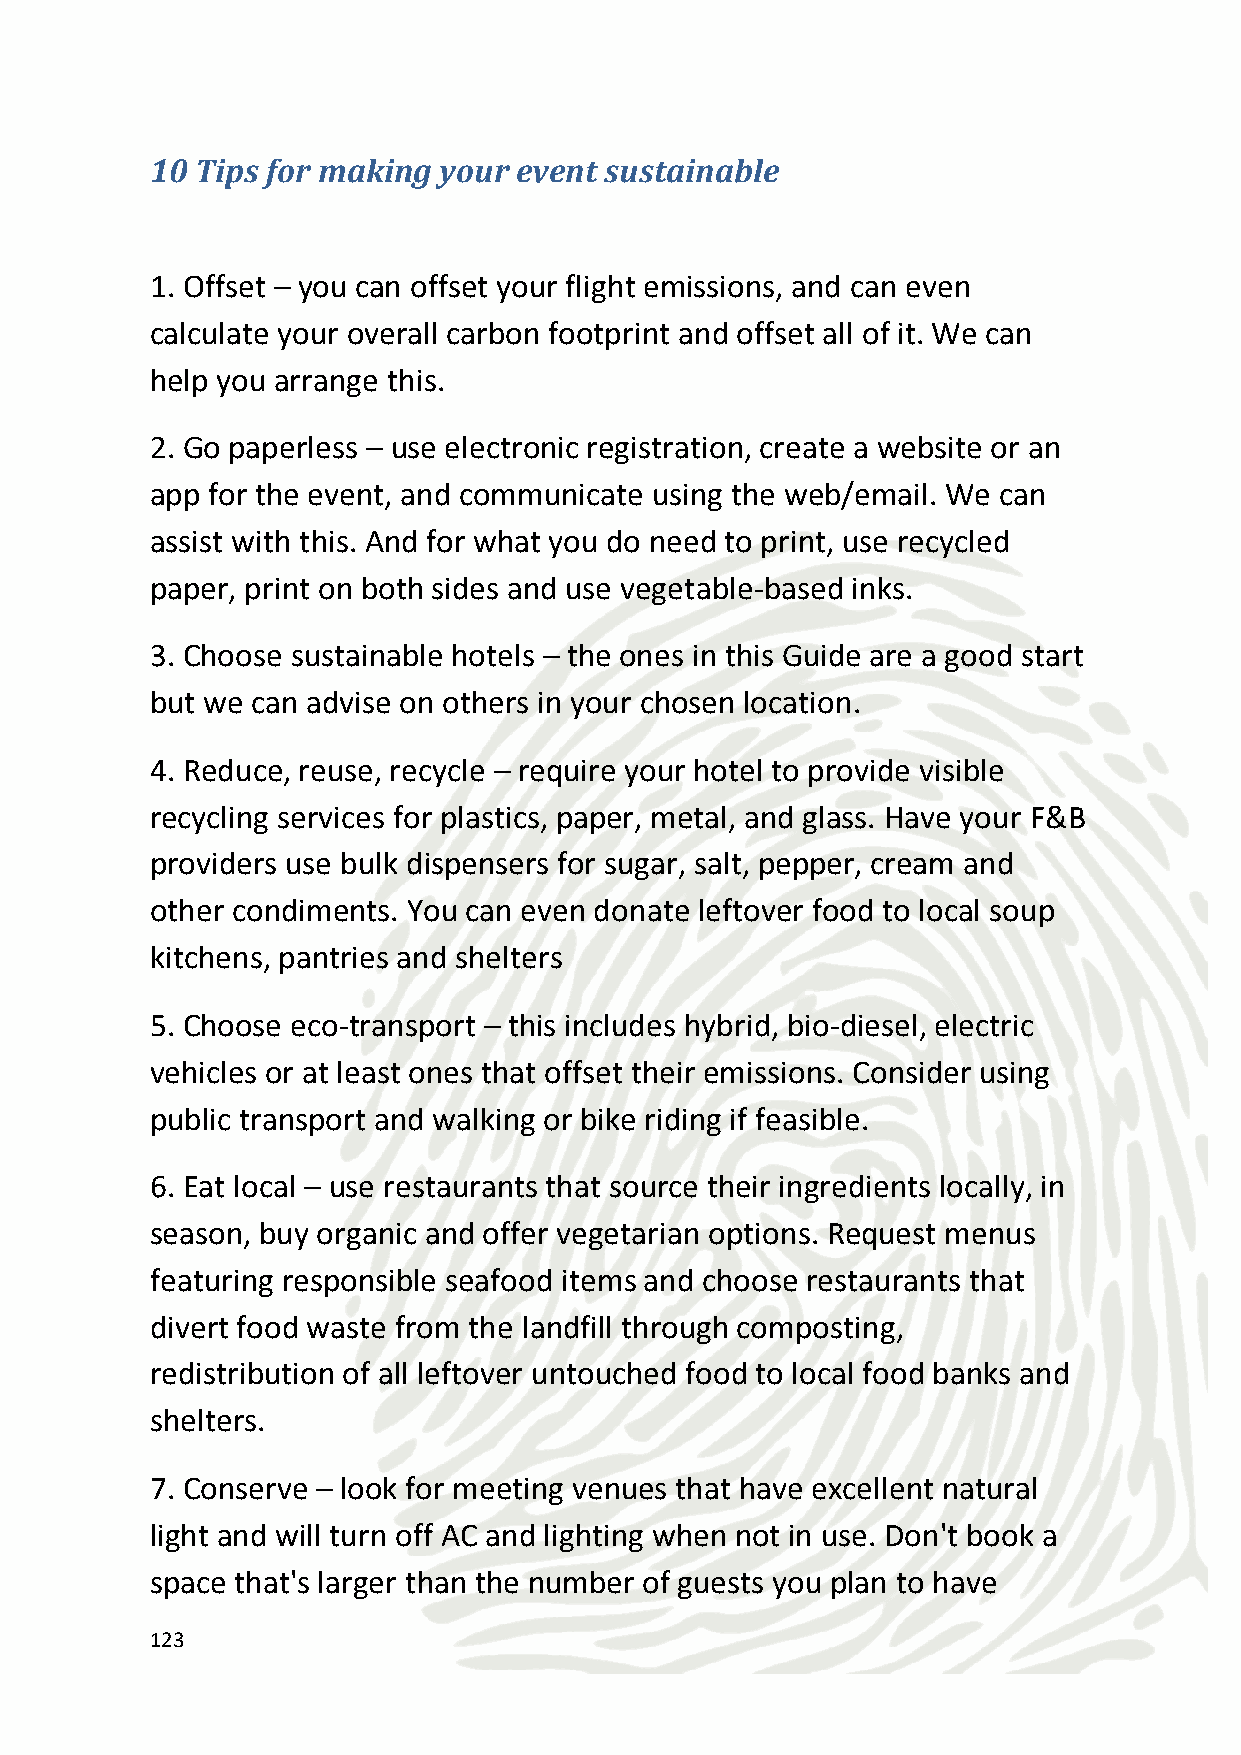
8. Get everyone on board - create an environmental impact
 statement at the start of your project and give everyone involved a
 copy.
 9. Choose green activities – minimize your footprint with activities
 that do not harm the environment, such as paddle boarding, surfing,
 snorkeling, hiking and kayaking.
 10. Give back – make an impact that lasts beyond your trip and
 incorporate a hands-on activity. We can help you identify a project
 that is a good fit for your company and which is in keeping with your
 industry and brand, for example, a tech company building an IT lab in
 an impoverished school, or a pharmaceutical company constructing a
 medical clinic in a rural village.
 124